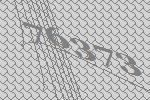
76373